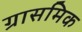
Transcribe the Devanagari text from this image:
ग्रासमिक